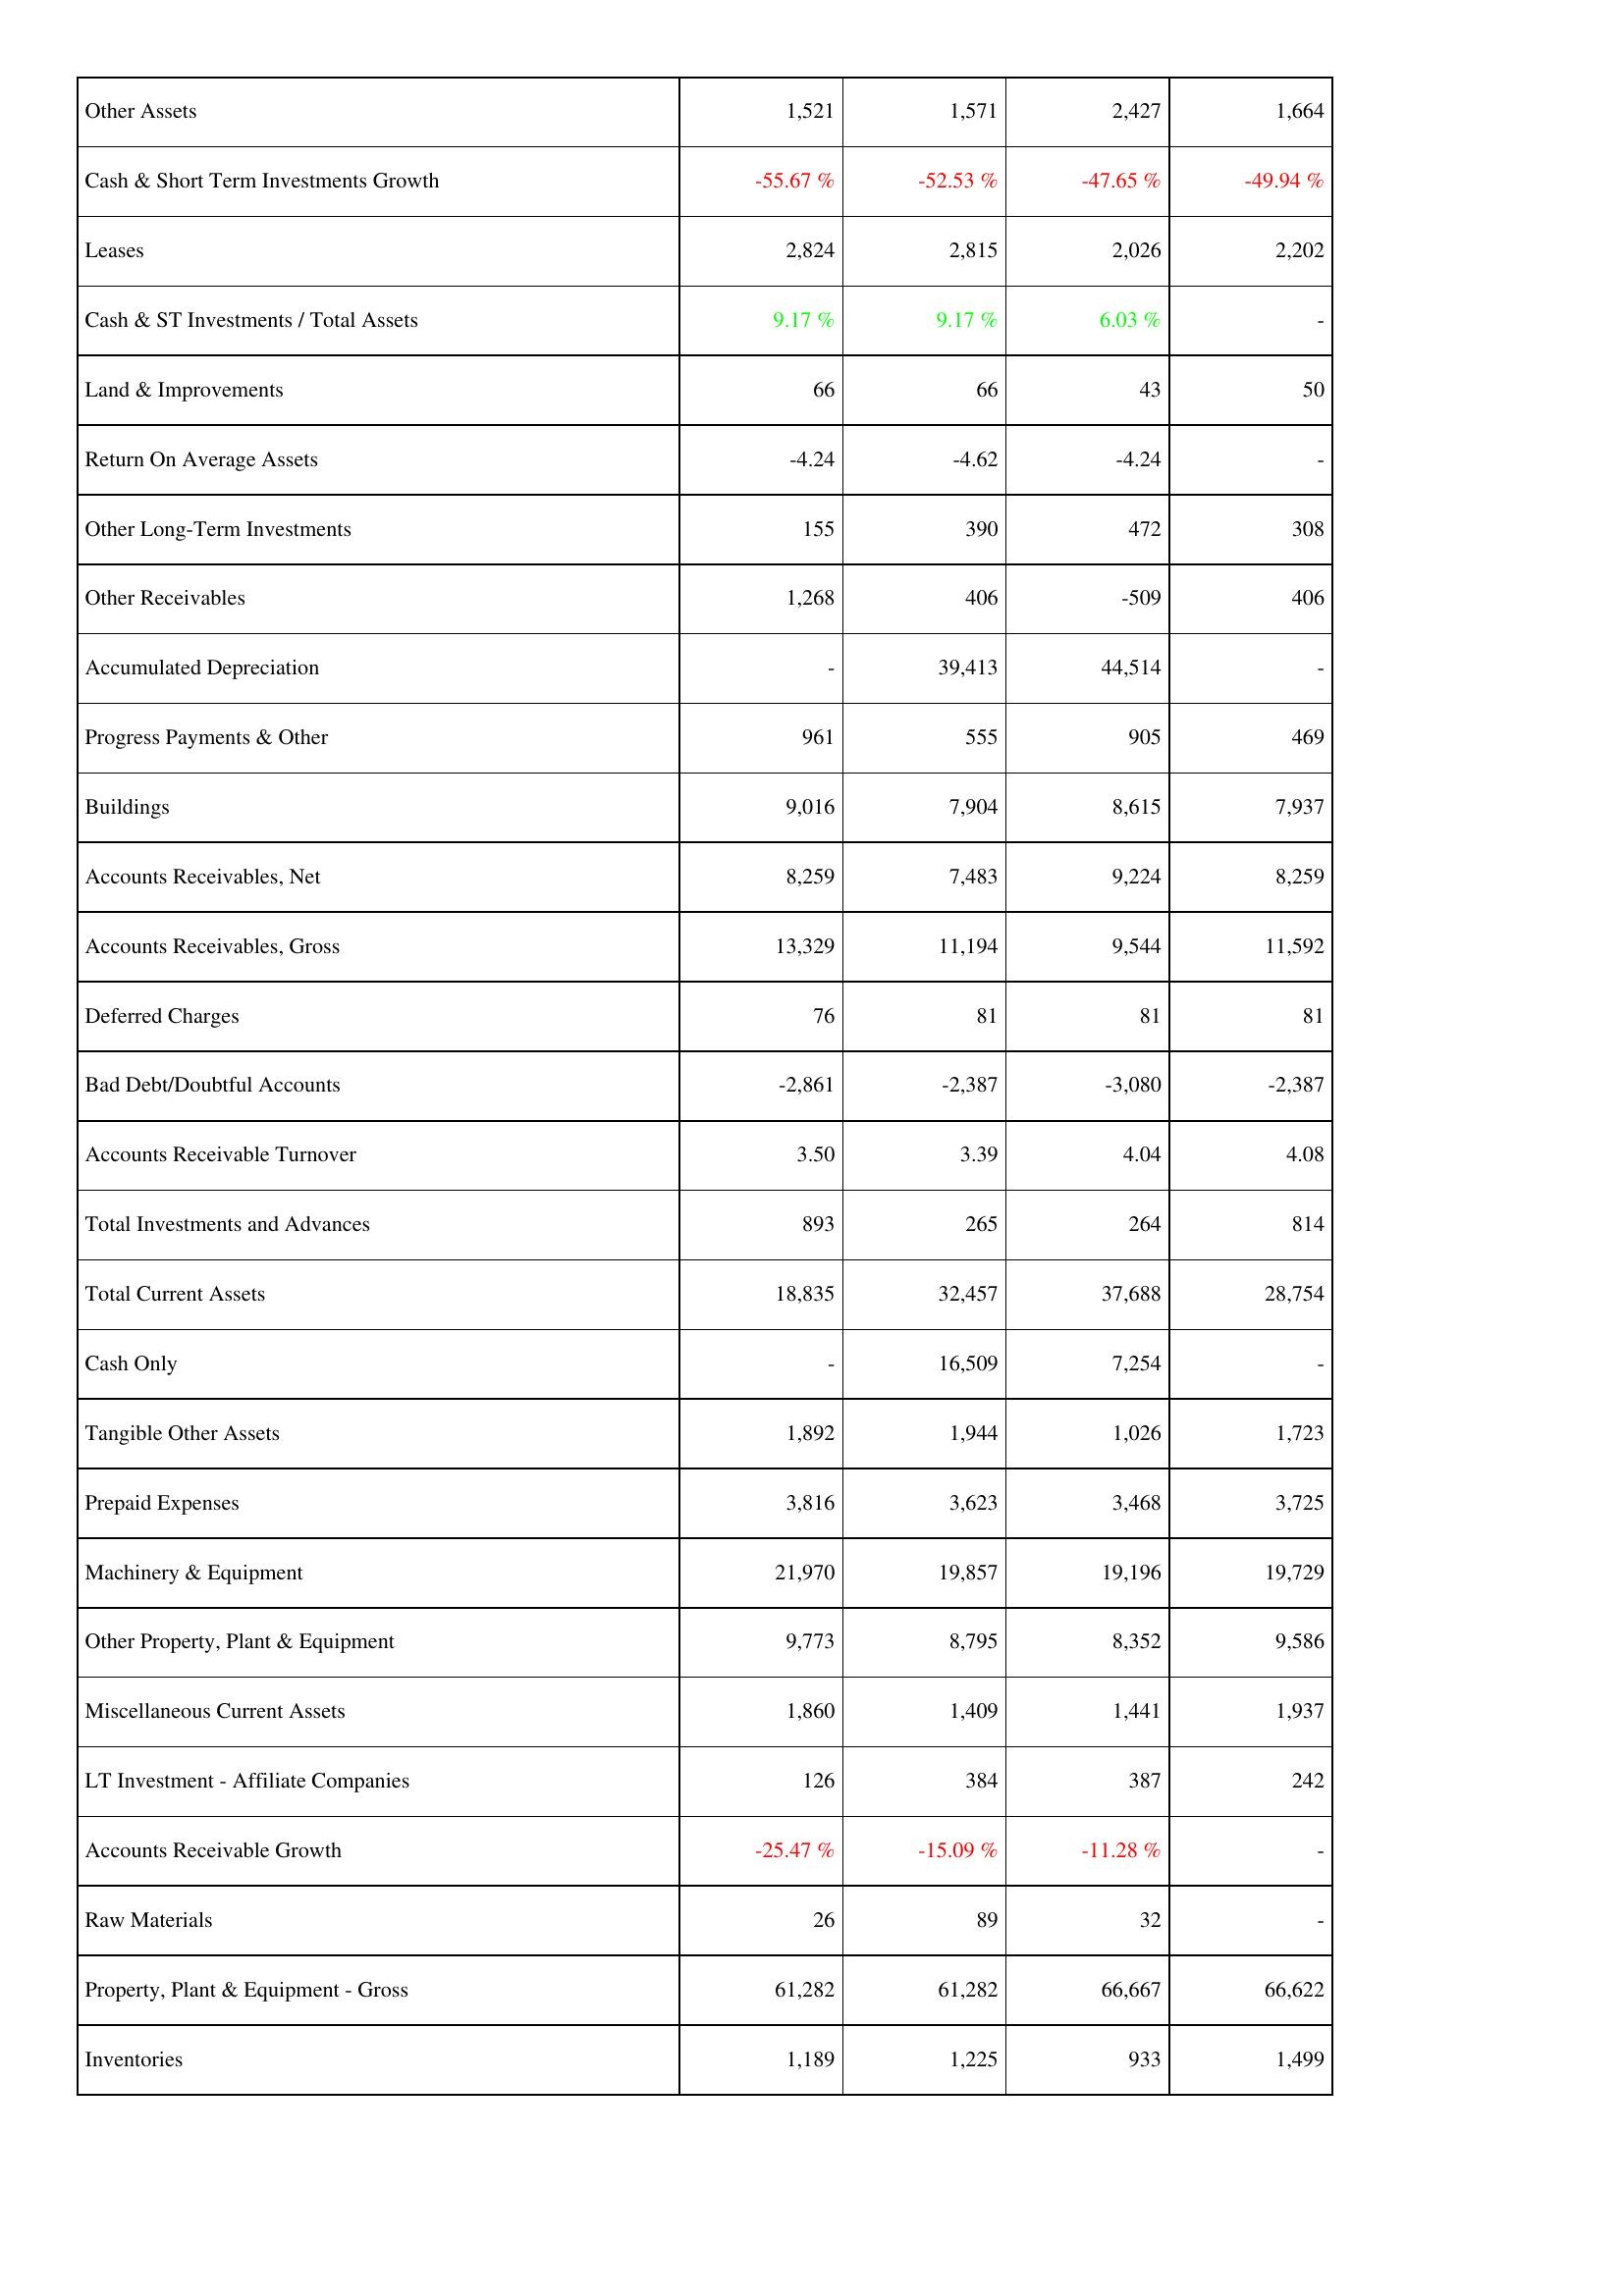
2021: Assets: Other Assets: 1,521
Cash & Short Term Investments Growth: -55.67 %
Leases: 2,824
Cash & ST Investments / Total Assets: 9.17 %
Land & Improvements: 66
Return On Average Assets: -4.24
Other Long-Term Investments: 155
Other Receivables: 1,268
Accumulated Depreciation: -
Progress Payments & Other: 961
Buildings: 9,016
Accounts Receivables, Net: 8,259
Accounts Receivables, Gross: 13,329
Deferred Charges: 76
Bad Debt/Doubtful Accounts: -2,861
Accounts Receivable Turnover: 3.50
Total Investments and Advances: 893
Total Current Assets: 18,835
Cash Only: -
Tangible Other Assets: 1,892
Prepaid Expenses: 3,816
Machinery & Equipment: 21,970
Other Property, Plant & Equipment: 9,773
Miscellaneous Current Assets: 1,860
LT Investment - Affiliate Companies: 126
Accounts Receivable Growth: -25.47 %
Raw Materials: 26
Property, Plant & Equipment - Gross: 61,282
Inventories: 1,189
2022: Assets: Other Assets: 1,571
Cash & Short Term Investments Growth: -52.53 %
Leases: 2,815
Cash & ST Investments / Total Assets: 9.17 %
Land & Improvements: 66
Return On Average Assets: -4.62
Other Long-Term Investments: 390
Other Receivables: 406
Accumulated Depreciation: 39,413
Progress Payments & Other: 555
Buildings: 7,904
Accounts Receivables, Net: 7,483
Accounts Receivables, Gross: 11,194
Deferred Charges: 81
Bad Debt/Doubtful Accounts: -2,387
Accounts Receivable Turnover: 3.39
Total Investments and Advances: 265
Total Current Assets: 32,457
Cash Only: 16,509
Tangible Other Assets: 1,944
Prepaid Expenses: 3,623
Machinery & Equipment: 19,857
Other Property, Plant & Equipment: 8,795
Miscellaneous Current Assets: 1,409
LT Investment - Affiliate Companies: 384
Accounts Receivable Growth: -15.09 %
Raw Materials: 89
Property, Plant & Equipment - Gross: 61,282
Inventories: 1,225
2023: Assets: Other Assets: 2,427
Cash & Short Term Investments Growth: -47.65 %
Leases: 2,026
Cash & ST Investments / Total Assets: 6.03 %
Land & Improvements: 43
Return On Average Assets: -4.24
Other Long-Term Investments: 472
Other Receivables: -509
Accumulated Depreciation: 44,514
Progress Payments & Other: 905
Buildings: 8,615
Accounts Receivables, Net: 9,224
Accounts Receivables, Gross: 9,544
Deferred Charges: 81
Bad Debt/Doubtful Accounts: -3,080
Accounts Receivable Turnover: 4.04
Total Investments and Advances: 264
Total Current Assets: 37,688
Cash Only: 7,254
Tangible Other Assets: 1,026
Prepaid Expenses: 3,468
Machinery & Equipment: 19,196
Other Property, Plant & Equipment: 8,352
Miscellaneous Current Assets: 1,441
LT Investment - Affiliate Companies: 387
Accounts Receivable Growth: -11.28 %
Raw Materials: 32
Property, Plant & Equipment - Gross: 66,667
Inventories: 933
2024: Assets: Other Assets: 1,664
Cash & Short Term Investments Growth: -49.94 %
Leases: 2,202
Cash & ST Investments / Total Assets: -
Land & Improvements: 50
Return On Average Assets: -
Other Long-Term Investments: 308
Other Receivables: 406
Accumulated Depreciation: -
Progress Payments & Other: 469
Buildings: 7,937
Accounts Receivables, Net: 8,259
Accounts Receivables, Gross: 11,592
Deferred Charges: 81
Bad Debt/Doubtful Accounts: -2,387
Accounts Receivable Turnover: 4.08
Total Investments and Advances: 814
Total Current Assets: 28,754
Cash Only: -
Tangible Other Assets: 1,723
Prepaid Expenses: 3,725
Machinery & Equipment: 19,729
Other Property, Plant & Equipment: 9,586
Miscellaneous Current Assets: 1,937
LT Investment - Affiliate Companies: 242
Accounts Receivable Growth: -
Raw Materials: -
Property, Plant & Equipment - Gross: 66,622
Inventories: 1,499